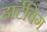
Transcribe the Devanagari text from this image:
हार्टविग